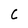
Character: C